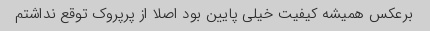
برعکس همیشه کیفیت خیلی پایین بود اصلا از پرپروک توقع نداشتم